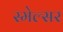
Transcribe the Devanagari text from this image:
स्मेल्सर